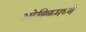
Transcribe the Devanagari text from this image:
अरेबिकमध्ये